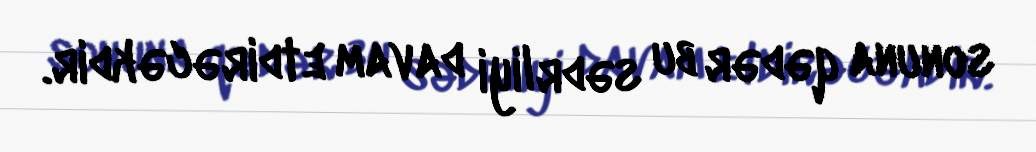
sonuna qədər bu sədrliyi davam etdirəcəkdir.